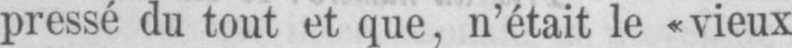
pressé du tout et que, n’était le «vieux